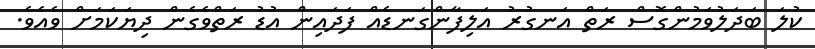
ކުލަ ބަދަލުވަމުންގޮސް ރަތް އަނގުރު އަލިފާންގަނޑެއް ފަދައިން އުޑު ރަތްވެގެން ދިޔަކަމަށް ވެއެވެ.